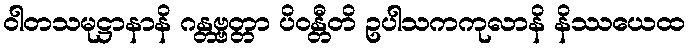
ဝါတသမုဋ္ဌာနာနိ ဂန္တဗ္ဗတ္တာ ပိဝန္တီတိ ဥပါသကကုလာနိ နိဿယေထ